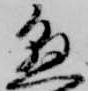
懸